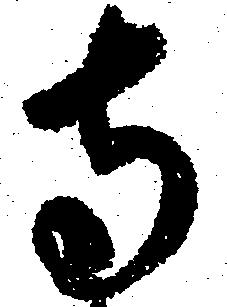
寺